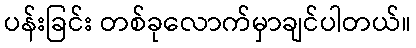
ပန်းခြင်း တစ်ခုလောက်မှာချင်ပါတယ်။